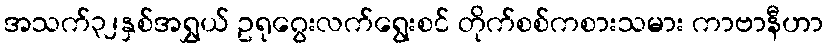
အသက်၃၂နှစ်အရွှယ် ဥရုဂွေးလက်ရွေးစင် တိုက်စစ်ကစားသမား ကာဗာနီဟာ